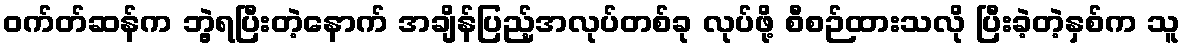
ဝက်တ်ဆန်က ဘွဲ့ရပြီးတဲ့နောက် အချိန်ပြည့်အလုပ်တစ်ခု လုပ်ဖို့ စီစဉ်ထားသလို ပြီးခဲ့တဲ့နှစ်က သူ